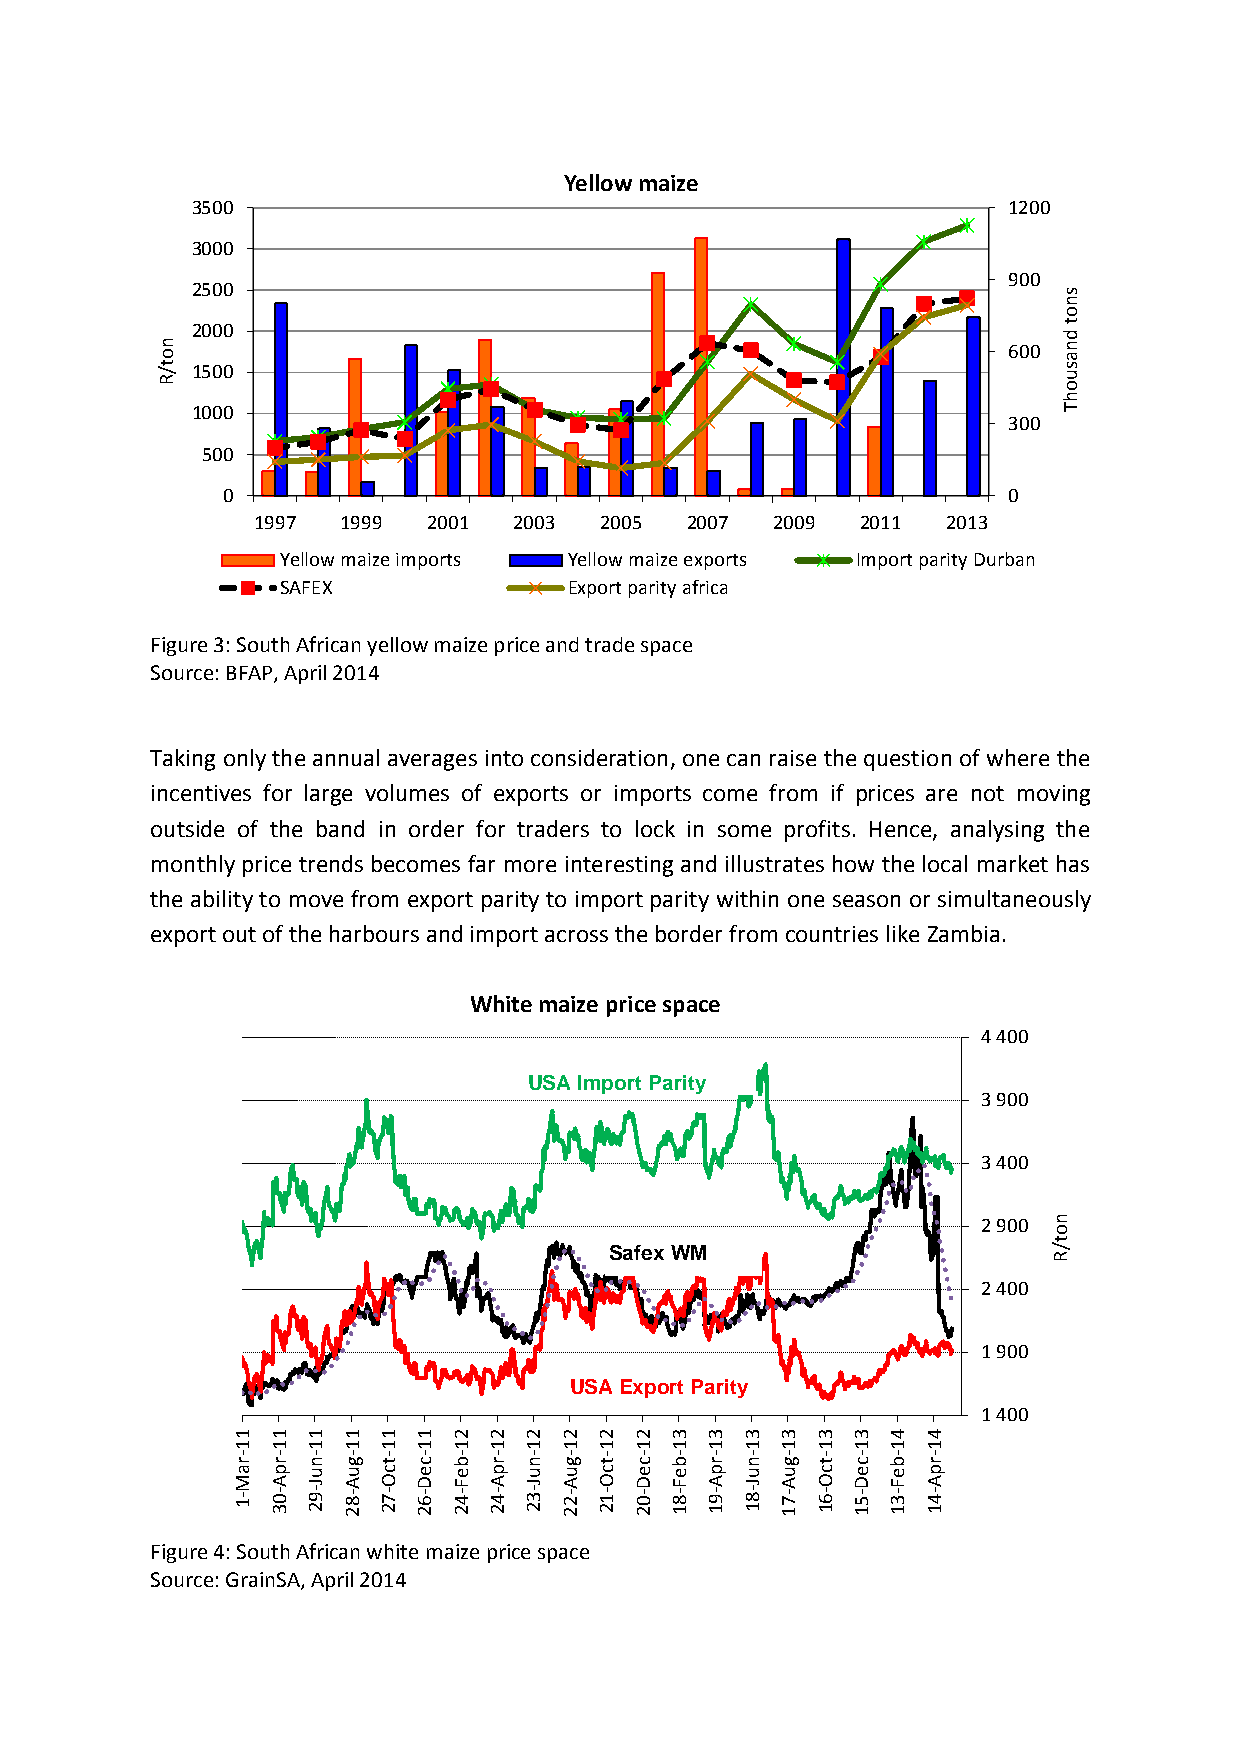
Yellow maize
 3500                                                  1200
 3000
 900
 2500
 s
 n
 o
 2000                                                     t
 d
 n o                                                      600 n a
 t / R 1500                                                  s u o
 h
 1000                                                     T
 300
 500
 0                                                   0
 1997  1999 2001  2003  2005 2007  2009  2011  2013
 Yellow maize imports Yellow maize exports Import parity Durban
 SAFEX              Export parity africa
 Figure 3: South African yellow maize price and trade space
 Source: BFAP, April 2014
 Taking only the annual averages into consideration, one can raise the question of where the
 incentives for large volumes of exports or imports come from if prices are not moving
 outside of the band in order for traders to lock in some profits. Hence, analysing the
 monthly price trends becomes far more interesting and illustrates how the local market has
 the ability to move from export parity to import parity within one season or simultaneously
 export out of the harbours and import across the border from countries like Zambia.
 White maize price space
 4 400
 USA Import Parity
 3 900
 3 400
 2 900 n
 o
 t
 SafexWM                       /
 R
 2 400
 1 900
 USA Export Parity
 1 400
 1  1 1  1 1  1 2 2  2 2  2 2 3  3 3  3 3 3  4 4
 1  1 1  1 1  1 1 1  1 1  1 1 1  1 1  1 1 1  1 1
 - r - r - n - g - t - c - b - r - n - g - t - c - b - r - n - g - t - c - b - r
 a M p A u J u A c O e D e F p A u J u A c O e D e F p A u J u A c O e D e F p A
 - 1 - 0 3 - 9 2 - 8 2 - 7 2 - 6 2 - 4 2 - 4 2 - 3 2 - 2 2 - 1 2 - 0 2 - 8 1 - 9 1 - 8 1 - 7 1 - 6 1 - 5 1 - 3 1 - 4 1
 Figure 4: South African white maize price space
 Source: GrainSA, April 2014